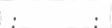
:         :